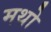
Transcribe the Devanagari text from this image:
मथो